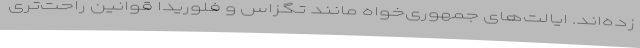
زده‌اند. ایالت‌های جمهوری‌خواه مانند تگزاس و فلوریدا قوانین راحت‌تری